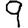
Digit: 9